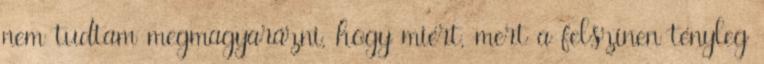
nem tudtam megmagyarázni, hogy miért, mert a felszínen tényleg